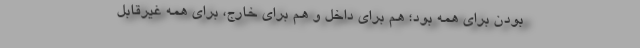
بودن برای همه بود؛ هم برای داخل و هم برای خارج، برای همه غیرقابل